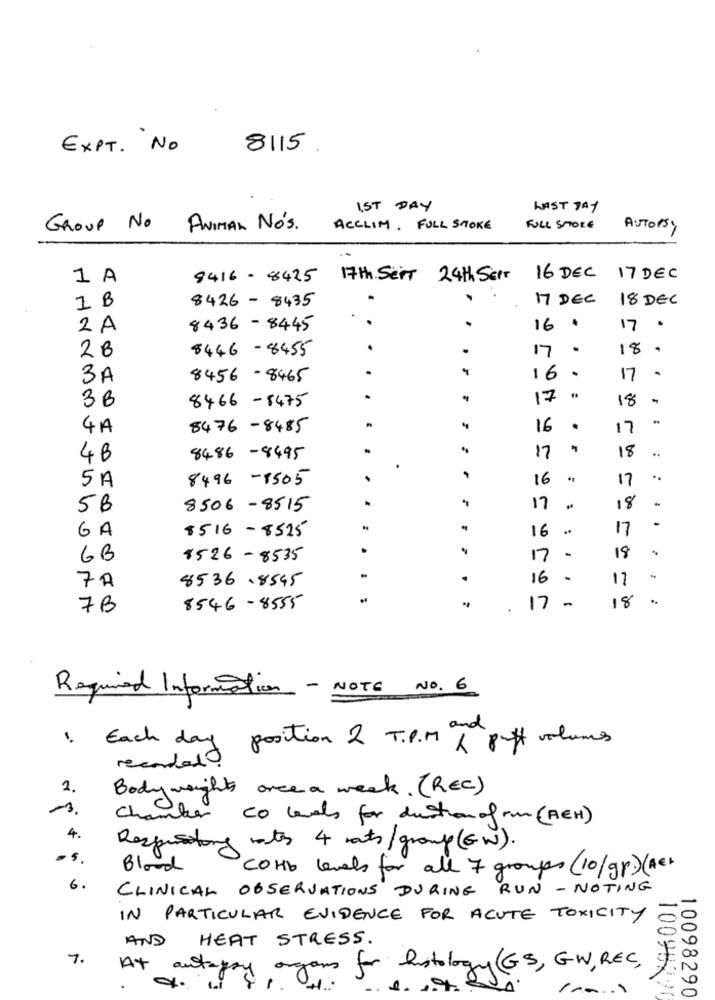
EXPT. NO
8115 .
IST DAY
LAST DAY
GROUP NO ANIMAL Nos.
ACCLIM. FULL STOKE
FULL STORE
AUTOPSY
1 A
8416 - 8425 17th Seit 24th Serr
16 DEC 17 DEC
17 DEC
18 DEC
1 B
8426-8435
2A
8436-8445
.
16.
17 .
2B
8446-8455
.
17
.
18 .
3A
8456-8465
16 .
17 -
3B
8466-8475
. .
17
18
4A
8476-8485
16
.
17
18
..
4B
8486-8495
17
.
5A
8496 -1505
.
16
17
..
5B
8506 -8515
17
18
.
6A
8516-8525
16
17
GB
8526-8535
17
18
7A
8536.8545
.
16
.
17
18
7B
8546-8555
17
Required Information - NOTE NO. 6
Each day position 2 T.P.M & puff volumes
recorded
2.
Body weight once a week. (REC)
Chamber co levels for duction of run (AEH)
4.
Respiratory mates 4 ats/group (GW).
Blood
COHb levels for all 7 groups (10/gp) (Acr
6.
CLINICAL OBSERVATIONS DURING RUN - NOTING
IN PARTICULAR EVIDENCE FOR ACUTE TOXICITY
AND
HEAT STRESS.
1.
A+
autags
for histology(GS, GW, REC,
10098220
10098290